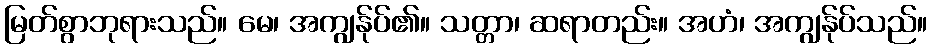
မြတ်စွာဘုရားသည်။ မေ၊ အကျွန်ုပ်၏။ သတ္တာ၊ ဆရာတည်း။ အဟံ၊ အကျွန်ုပ်သည်။